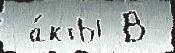
 а́кты В